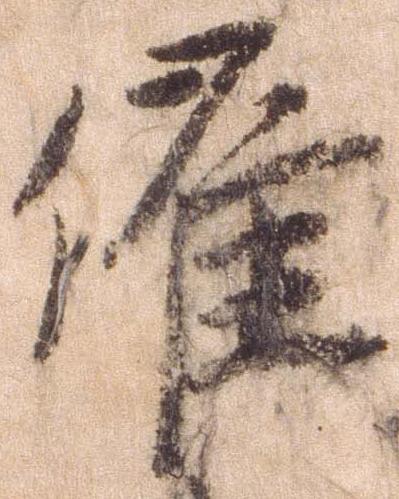
催